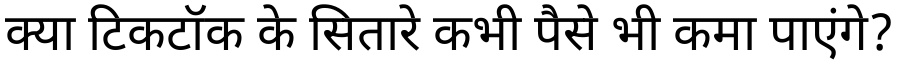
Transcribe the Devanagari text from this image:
क्या टिकटॉक के सितारे कभी पैसे भी कमा पाएंगे?